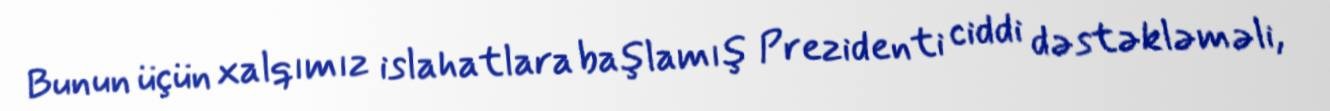
Bunun üçün xalqımız islahatlara başlamış Prezidenti ciddi dəstəkləməli,